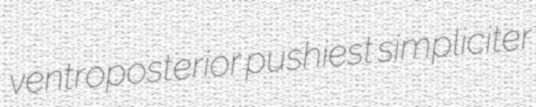
ventroposterior pushiest simpliciter